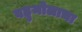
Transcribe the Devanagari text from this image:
बहुमोलाचा